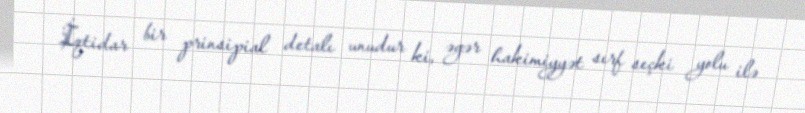
İqtidar bir prinsipial detalı unudur ki, əgər hakimiyyət sırf seçki yolu ilə